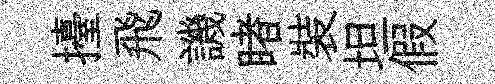
擡飛譏睹裝坦假